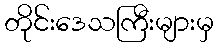
တိုင်းဒေသကြီးများမှ